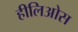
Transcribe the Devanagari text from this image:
हीलिओस